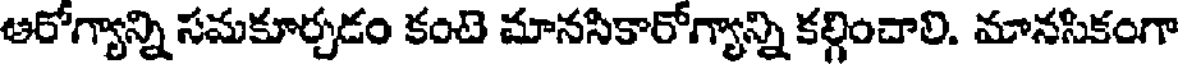
ఆరోగ్యాన్ని సమకూర్చడం కంటె మానసికారోగ్యాన్ని కల్గించాలి. మానసికంగా